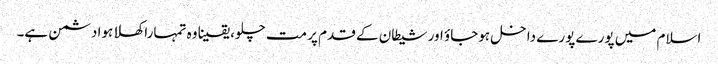
اسلام میں پورے پورے داخل ہوجاؤ اور شیطان کے قدم پر مت چلو، یقینا وہ تمہارا کھلا ہوا دشمن ہے۔